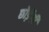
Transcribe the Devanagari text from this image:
छोड़ेंगी